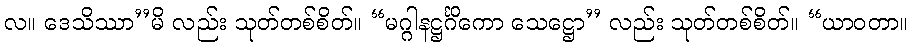
လ။ ဒေသိဿာ’’မိ လည်း သုတ်တစ်စိတ်။ “မဂ္ဂါနဋ္ဌင်္ဂိကော သေဋ္ဌော’’ လည်း သုတ်တစ်စိတ်။ “ယာဝတာ။